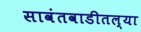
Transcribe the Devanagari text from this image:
सावंतवाडीतल्या